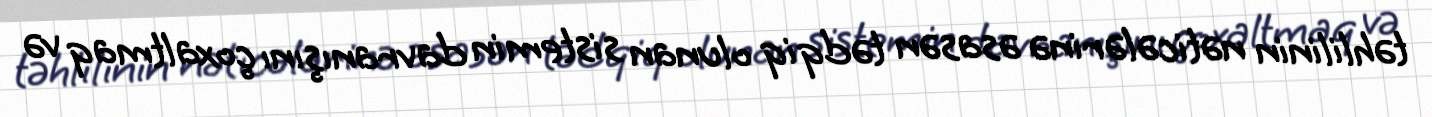
təhlilinin nəticələrinə əsasən tədqiq olunan sistemin davranışını çoxaltmaq və